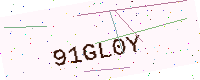
Text: 91GL0Y